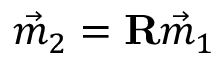
\vec { m } _ { 2 } = \mathbf { R } \vec { m } _ { 1 }